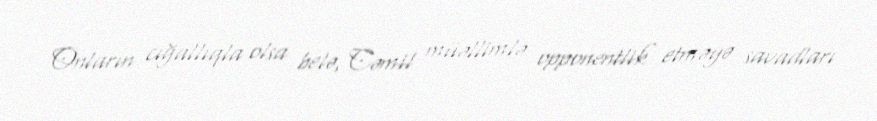
Onların cığallıqla olsa belə, Cəmil müəllimlə opponentlik etməyə savadları